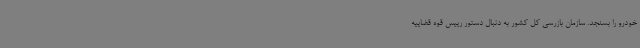
خودرو را بسنجد. سازمان بازرسی کل کشور به دنبال دستور رییس قوه قضاییه